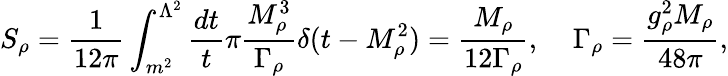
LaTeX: S_{\rho}={\frac{1}{12\pi}}\int_{m^{2}}^{\Lambda^{2}}{\frac{dt}{t}}\pi{\frac{M_{\rho}^{3}}{\Gamma_{\rho}}}\delta(t-M_{\rho}^{2})={\frac{M_{\rho}}{12\Gamma_{\rho}}},\; \; \; \; \Gamma_{\rho}={\frac{g_{\rho}^{2}M_{\rho}}{48\pi}},